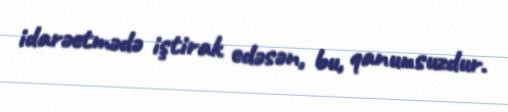
idarəetmədə iştirak edəsən, bu, qanunsuzdur.